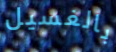
بالغسيل